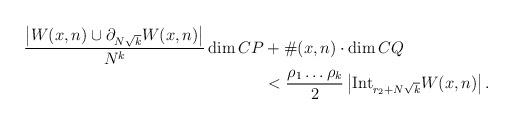
LaTeX: \begin{align*} \frac{\left| W(x,n)\cup \partial_{N\sqrt{k}}W(x,n)\right|}{N^k}\dim CP &+ \#(x,n) \cdot \dim CQ \\ &< \frac{\rho_1\dots \rho_k}{2} \left|\mathrm{Int}_{r_2+N\sqrt{k}} W(x,n)\right|. \end{align*}